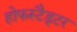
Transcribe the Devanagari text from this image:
होफस्टैड्टर